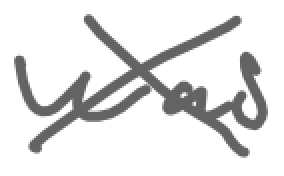
Text: was
Cross-out: cross
Writing tool: digital_gray